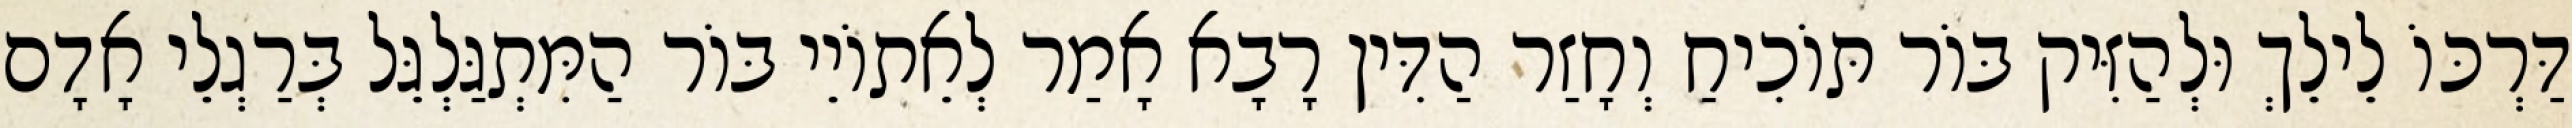
דַּרְכּוֹ לֵילֵךְ וּלְהַזִּיק בּוֹר תּוֹכִיחַ וְחָזַר הַדִּין רָבָא אָמַר לְאֵתוֹיֵי בּוֹר הַמִּתְגַּלְגֵּל בְּרַגְלֵי אָדָם